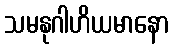
သမနုဂါဟိယမာနော